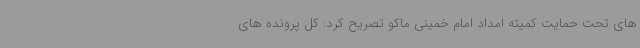
های تحت حمایت کمیته امداد امام خمینی ماکو تصریح کرد: کل پرونده های